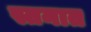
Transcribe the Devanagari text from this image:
स्तनात